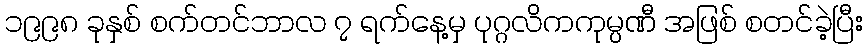
၁၉၉၈ ခုနှစ် စက်တင်ဘာလ ၇ ရက်နေ့မှ ပုဂ္ဂလိကကုမ္ပဏီ အဖြစ် စတင်ခဲ့ပြီး